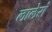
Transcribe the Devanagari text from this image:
लालेरां